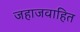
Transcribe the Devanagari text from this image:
जहाजवाहित